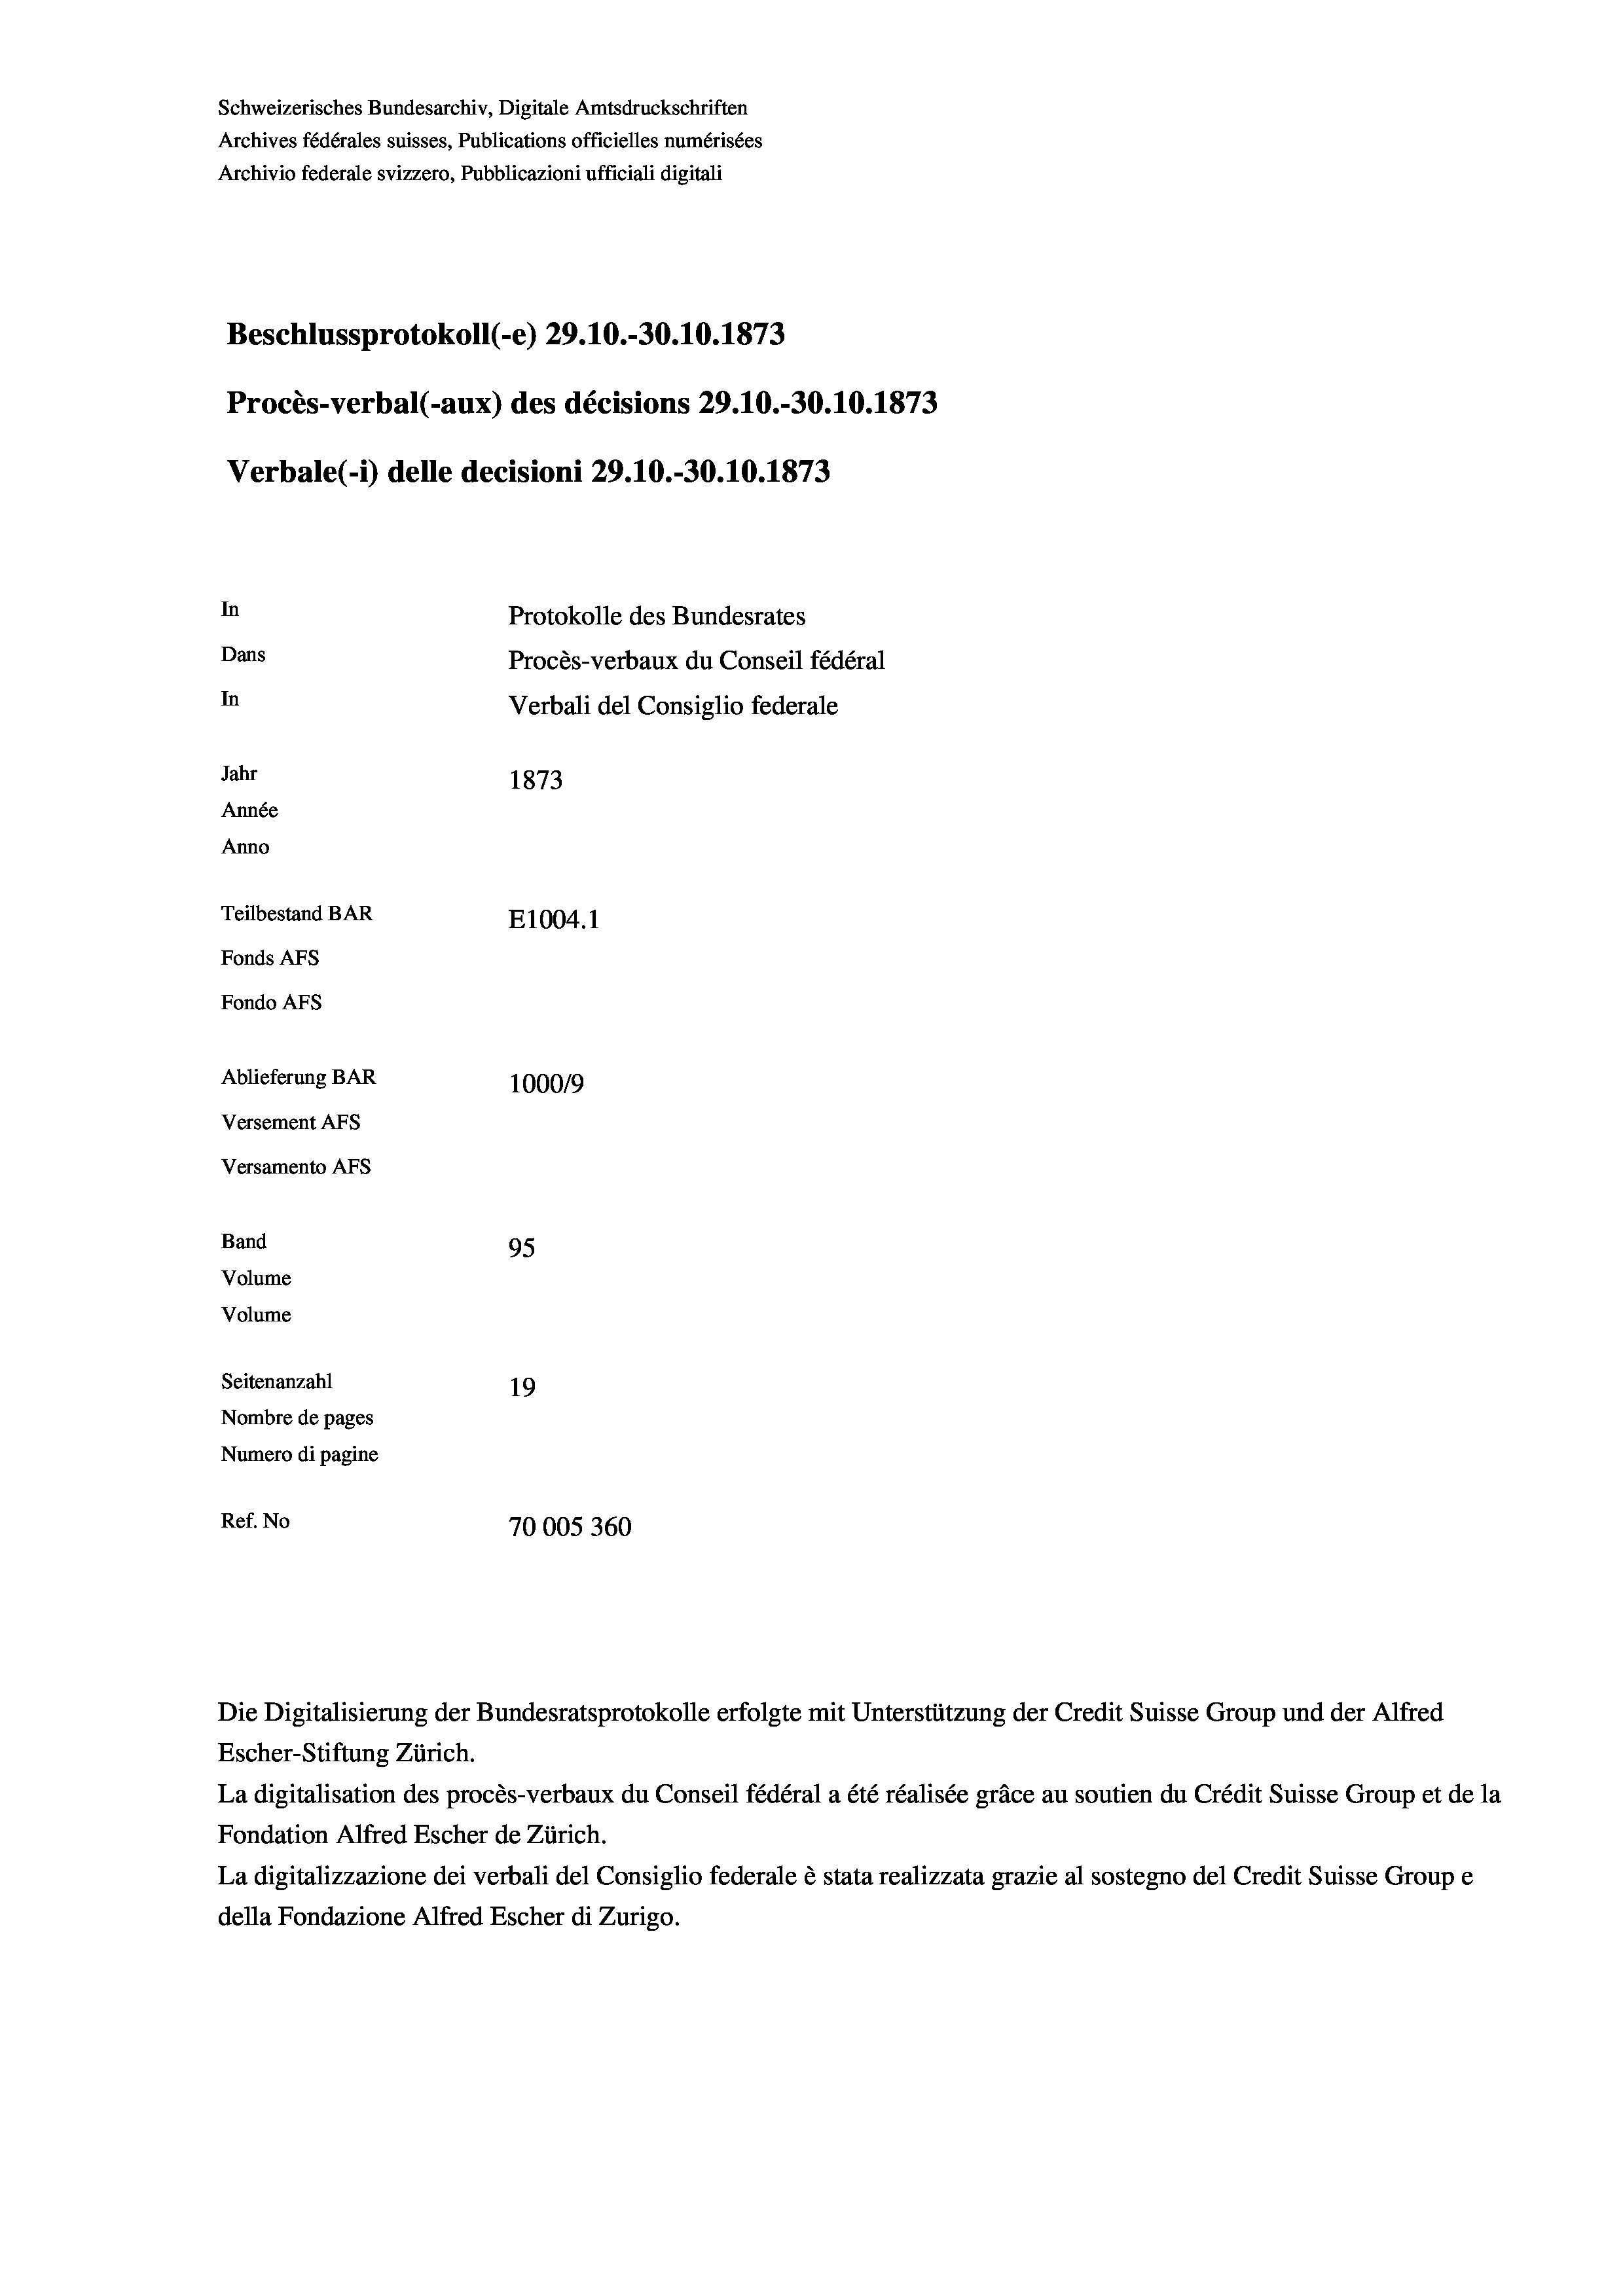
Schweizerisches Bundesarchiv, Digitale Amtsdruckschriften
Archives fédérales suisses, Publications officielles numérisées
Archivio federale svizzero, Pubblicazioni ufficiali digitali
Beschlussprotokoll (-e) 29.10.-30.10.1873
Procès-verbal (-aux) des décisions 29.10.-30.10.1873
Verbale (- 1) delle decisioni 29.10.-30.10.1873
In
Protokolle des Bundesrates
Dans
Procès-verbaux du Conseil fédéral
In
Verbali del Consiglio federale
Jahr
1873
Année
Anno
Teilbestand BAR
E1004.1
Fonds AFs
Fondo AFs
Ablieferung BAR
1000/9
Versement AFs
Versamento AFs

Band
Volume
Volume

95
Seitenanzahl
19
Nombre de pages
Numero di pagine
Ref. No
70005360

Die Digitalisierung der Bundesratsprotokolle erfolgte mit Unterstützung der Credit Suisse Group und der Alfred
Escher-Stiftung Zürich.
La digitalisation des procès-verbaux du Conseil fédéral a été réalisée gräce au soutien du Crédit Suisse Group et de la
Fondation Alfred Escher de Zürich.
La digitalizzazione dei verbali del Consiglio federale è stata realizzata grazie al sostegno del Credit Suisse Groupe
della Fondazione Alfred Escher di Zurigo.